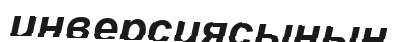
инверсиясының